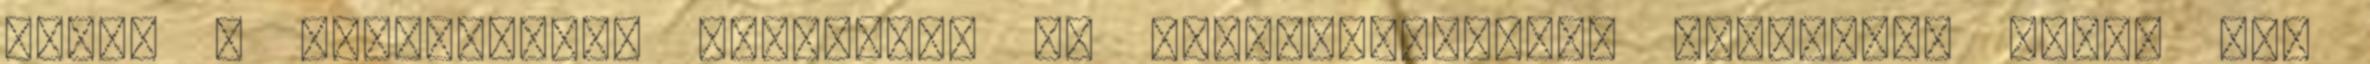
jelzi a pillanatnyi hatásokat és visszhatásokat. Zárkózott ember nem